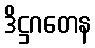
ဒိဋ္ဌဂတေန